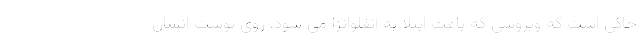
حاکی است که ویروسی که باعث ابتلا به آنفلوانزا می شود، روی پوست انسان